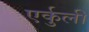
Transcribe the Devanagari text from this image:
एर्कुली